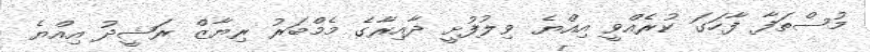
މުސްތަފާ ފާހަގަ ކުރެއްވީ އިއްޔެ ވިލުފުށީ ދާއިރާގެ މެމްބަރު ރިޔާޒް ރަޝީދު އިއްޔެ